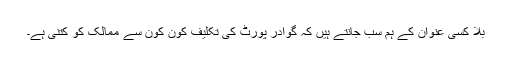
بلا کسی عنوان کے ہم سب جانتے ہیں کہ گوادر پورٹ کی تکلیف کون کون سے ممالک کو کتنی ہے۔